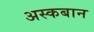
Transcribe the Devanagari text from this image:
अस्कबान